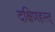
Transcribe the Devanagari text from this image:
दक्षिणहस्त्